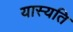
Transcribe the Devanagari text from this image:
यास्यति